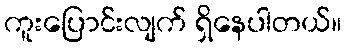
ကူးပြောင်းလျက် ရှိနေပါတယ်။